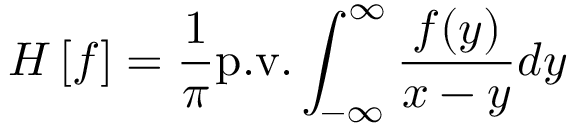
H \left[ f \right] = \frac { 1 } { \pi } \mathrm { p . v . } \int _ { - \infty } ^ { \infty } \frac { f ( y ) } { x - y } d y